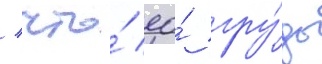
/ что́ ео́ гру́дь